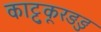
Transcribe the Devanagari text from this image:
काट्टुकूरङङु